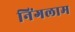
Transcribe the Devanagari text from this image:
निंगलाम